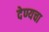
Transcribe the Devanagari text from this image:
देण्यचा